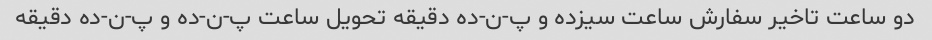
دو ساعت تاخیر سفارش ساعت سیزده و پ-ن-ده دقیقه تحویل ساعت پ-ن-ده و پ-ن-ده دقیقه